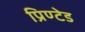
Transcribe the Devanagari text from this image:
प्रिण्टेड